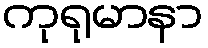
ကုရုမာနာ